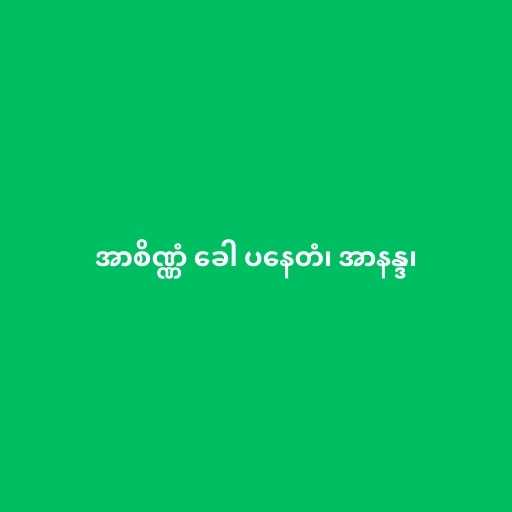
အာစိဏ္ဏံ ခေါ ပနေတံ၊ အာနန္ဒ၊